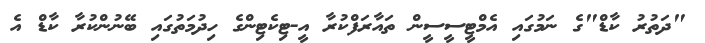
"ދަތުރު ކާޑް"ގެ ނަމުގައި އެމްޓީސީސީން ތައާރަފްކުރާ އީ-ޓިކެޓިންގެ ހިދުމަތުގައި ބޭނުންކުރާ ކާޑް އެ